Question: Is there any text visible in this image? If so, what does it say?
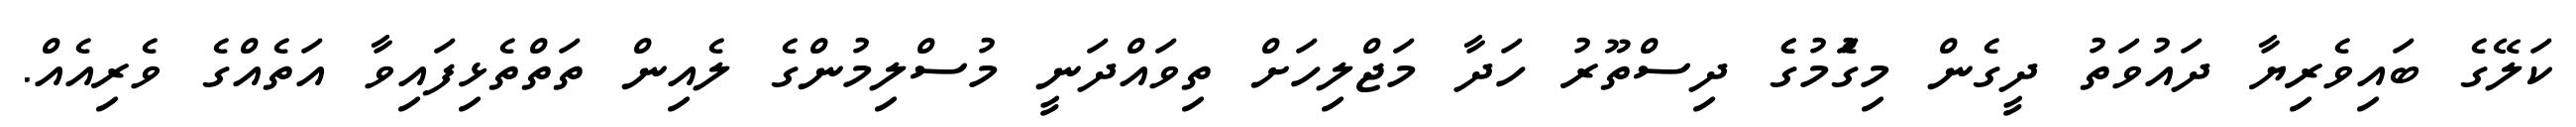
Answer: ކަލޭގެ ބައިވެރިޔާ ދައުވަތު ދީގެން މިގަެުމުގެެ ދިސްތޫރު ހަދާ މަޖްލިހަށް ތިވައްދަނީ މުސްލިމުންގެ ލެއިން ތަތްތެޅިފައިވާ އަތެއްގެ ވެރިއެއް.